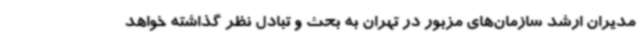
مدیران ارشد سازمان‌های مزبور در تهران به بحث و تبادل نظر گذاشته خواهد